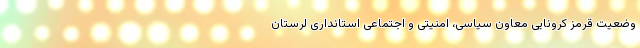
وضعیت قرمز کرونایی معاون سیاسی، امنیتی و اجتماعی استانداری لرستان‌